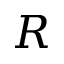
R